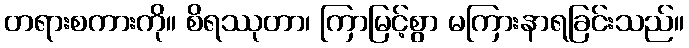
တရားစကားကို။ စိရဿုတာ၊ ကြာမြင့်စွာ မကြားနာရခြင်းသည်။